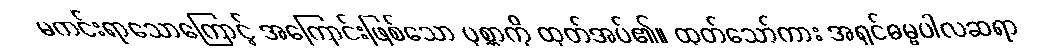
မကင်းရာသောကြောင့် အကြောင်းဖြစ်သော ပုစ္ဆာကို ထုတ်အပ်၏။ ထုတ်သော်ကား အရှင်ဓမ္မပါလဆရာ